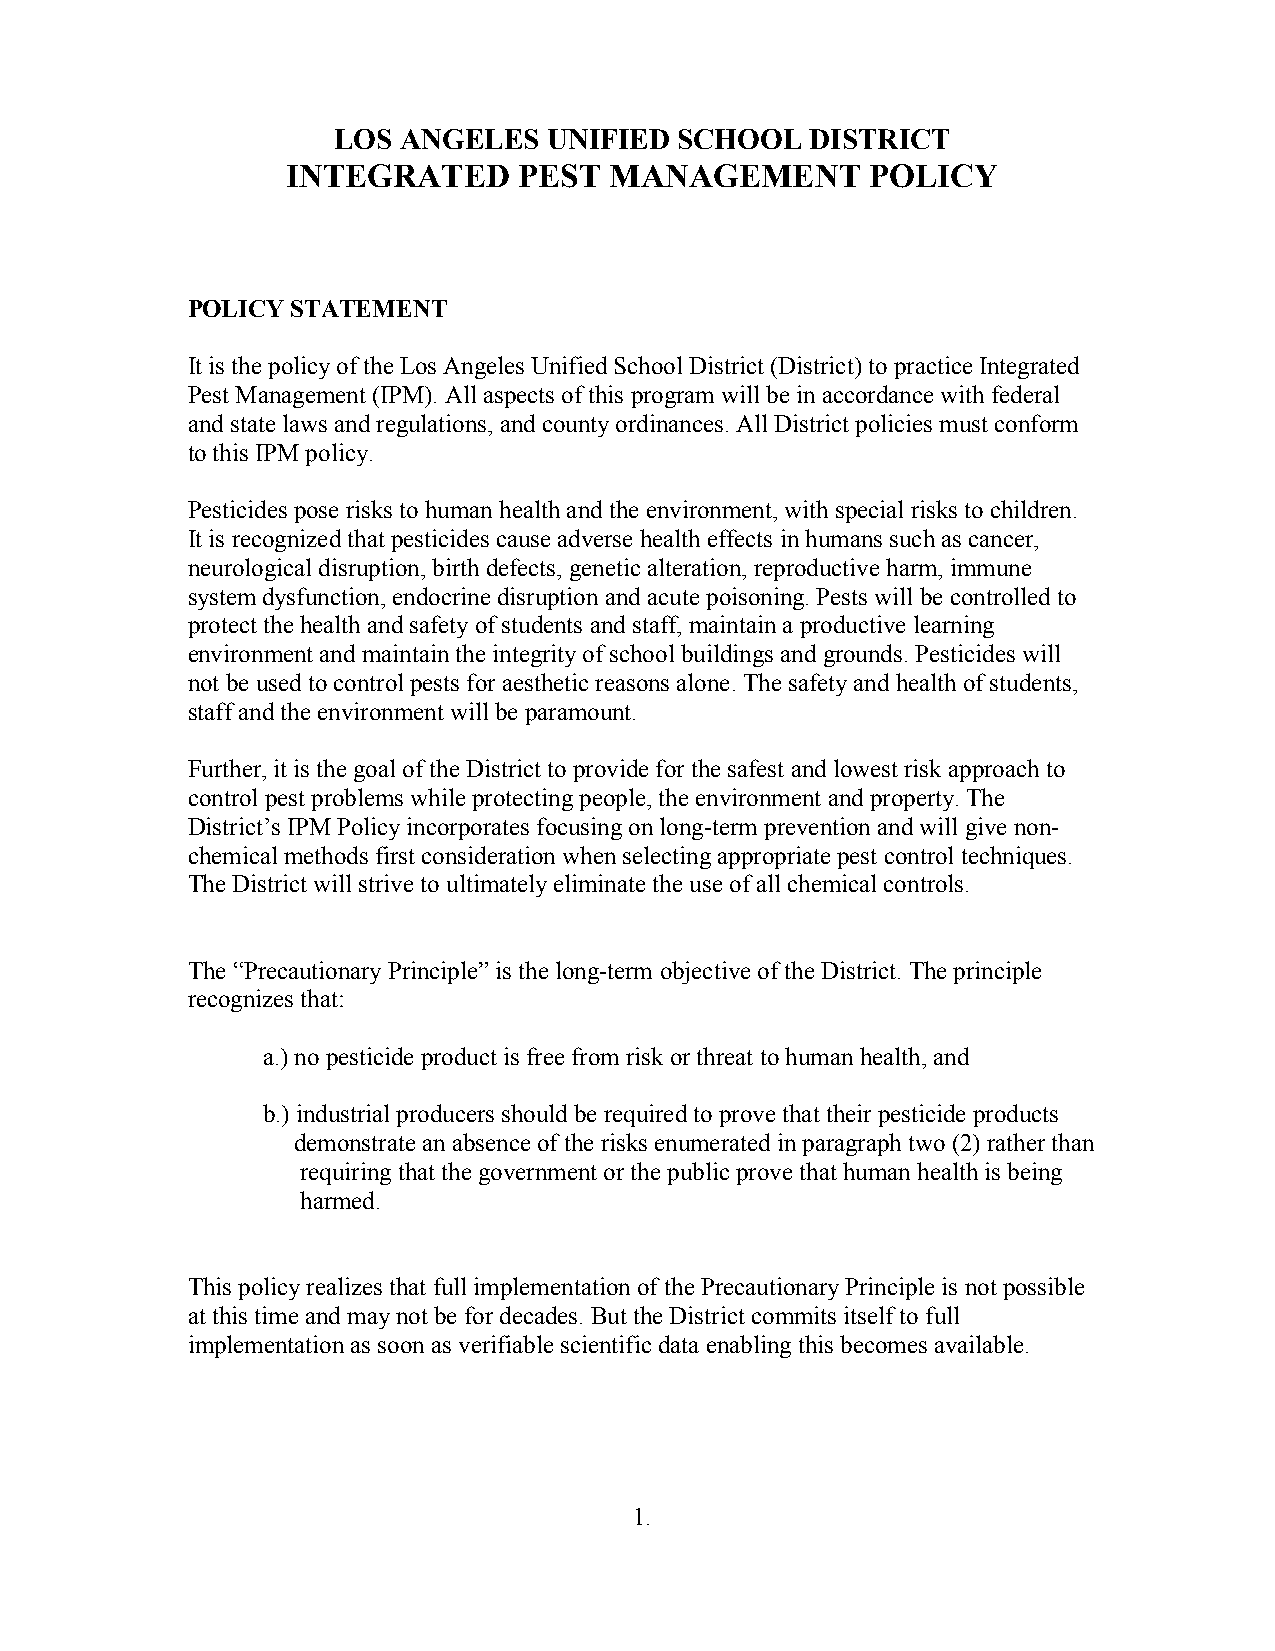
LOS ANGELES   UNIFIED  SCHOOL   DISTRICT
 INTEGRATED     PEST  MANAGEMENT        POLICY
 POLICY STATEMENT
 It is the policy of the Los Angeles Unified School District (District) to practice Integrated
 Pest Management (IPM). All aspects of this program will be in accordance with federal
 and state laws and regulations, and county ordinances. All District policies must conform
 to this IPM policy.
 Pesticides pose risks to human health and the environment, with special risks to children.
 It is recognized that pesticides cause adverse health effects in humans such as cancer,
 neurological disruption, birth defects, genetic alteration, reproductive harm, immune
 system dysfunction, endocrine disruption and acute poisoning. Pests will be controlled to
 protect the health and safety of students and staff, maintain a productive learning
 environment and maintain the integrity of school buildings and grounds. Pesticides will
 not be used to control pests for aesthetic reasons alone. The safety and health of students,
 staff and the environment will be paramount.
 Further, it is the goal of the District to provide for the safest and lowest risk approach to
 control pest problems while protecting people, the environment and property. The
 District’s IPM Policy incorporates focusing on long-term prevention and will give non-
 chemical methods first consideration when selecting appropriate pest control techniques.
 The District will strive to ultimately eliminate the use of all chemical controls.
 The “Precautionary Principle” is the long-term objective of the District. The principle
 recognizes that:
 a.) no pesticide product is free from risk or threat to human health, and
 b.) industrial producers should be required to prove that their pesticide products
 demonstrate an absence of the risks enumerated in paragraph two (2) rather than
 requiring that the government or the public prove that human health is being
 harmed.
 This policy realizes that full implementation of the Precautionary Principle is not possible
 at this time and may not be for decades. But the District commits itself to full
 implementation as soon as verifiable scientific data enabling this becomes available.
 1.